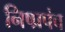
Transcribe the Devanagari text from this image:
निष्प्रपंच